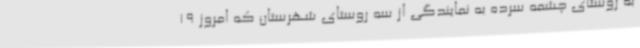
به روستای چشمه سرده به نمایندگی از سه روستای شهرستان که امروز 19